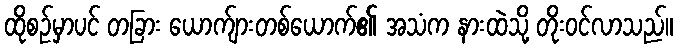
ထိုစဉ်မှာပင် တခြား ယောက်ျားတစ်ယောက်၏ အသံက နားထဲသို့ တိုးဝင်လာသည်။